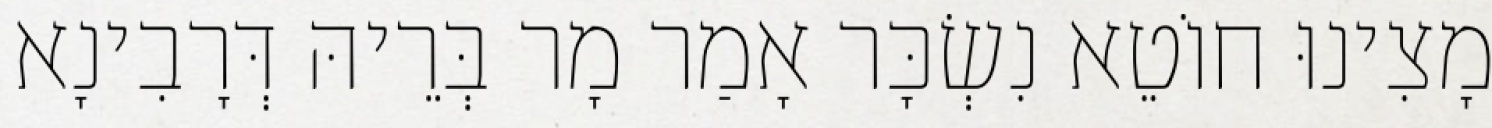
מָצִינוּ חוֹטֵא נִשְׂכָּר אָמַר מָר בְּרֵיהּ דְּרָבִינָא